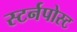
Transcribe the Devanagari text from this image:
स्टर्नपोस्ट